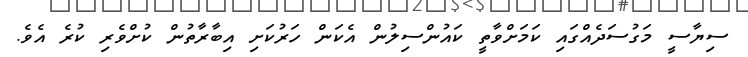
ސިޔާސީ މަގުސަދެއްގައި ކަމަށްވާތީ ކައުންސިލުން އެކަން ހަރުކަށި އިބާރާތުން ކުށްވެރި ކުރެ އެވެ.